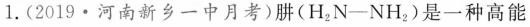
1.(2019·河南新乡一中月考)肼$$(H_2N-NH_2)$$是一种高能